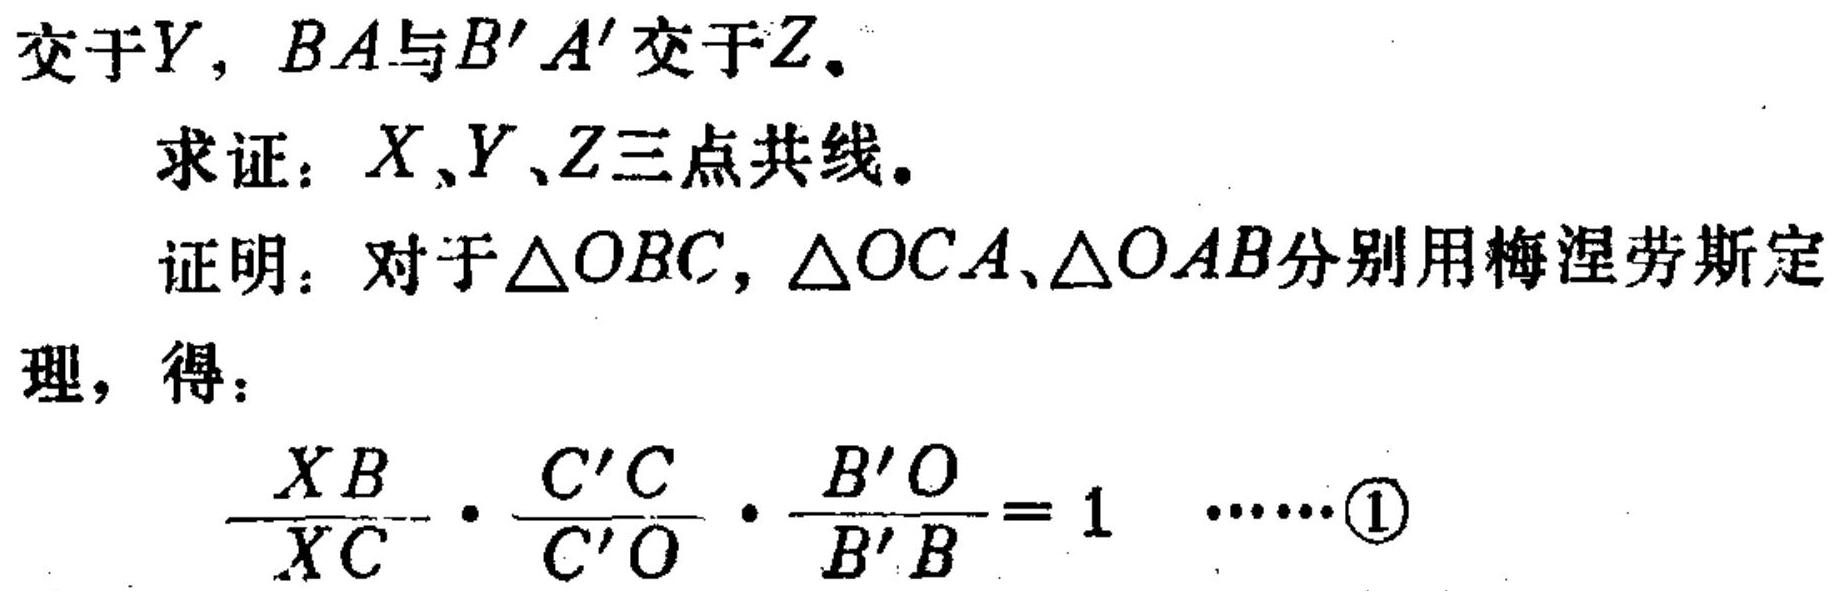
交于\(Y\)，\(BA\)与\(B'A'\)交于\(Z\)。

求证：\(X、Y、Z\)三点共线。

证明：对于\(\triangle OBC\)，\(\triangle OCA\)、\(\triangle OAB\)分别用梅涅劳斯定理，得：
\(\frac{XB}{XC}\cdot\frac{C'C}{C'O}\cdot\frac{B'O}{B'B}=1\) ......\textcircled{1}